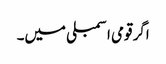
اگر قومی اسمبلی میں۔